Tartu_pedagoogiumi_aruanded, lk 5
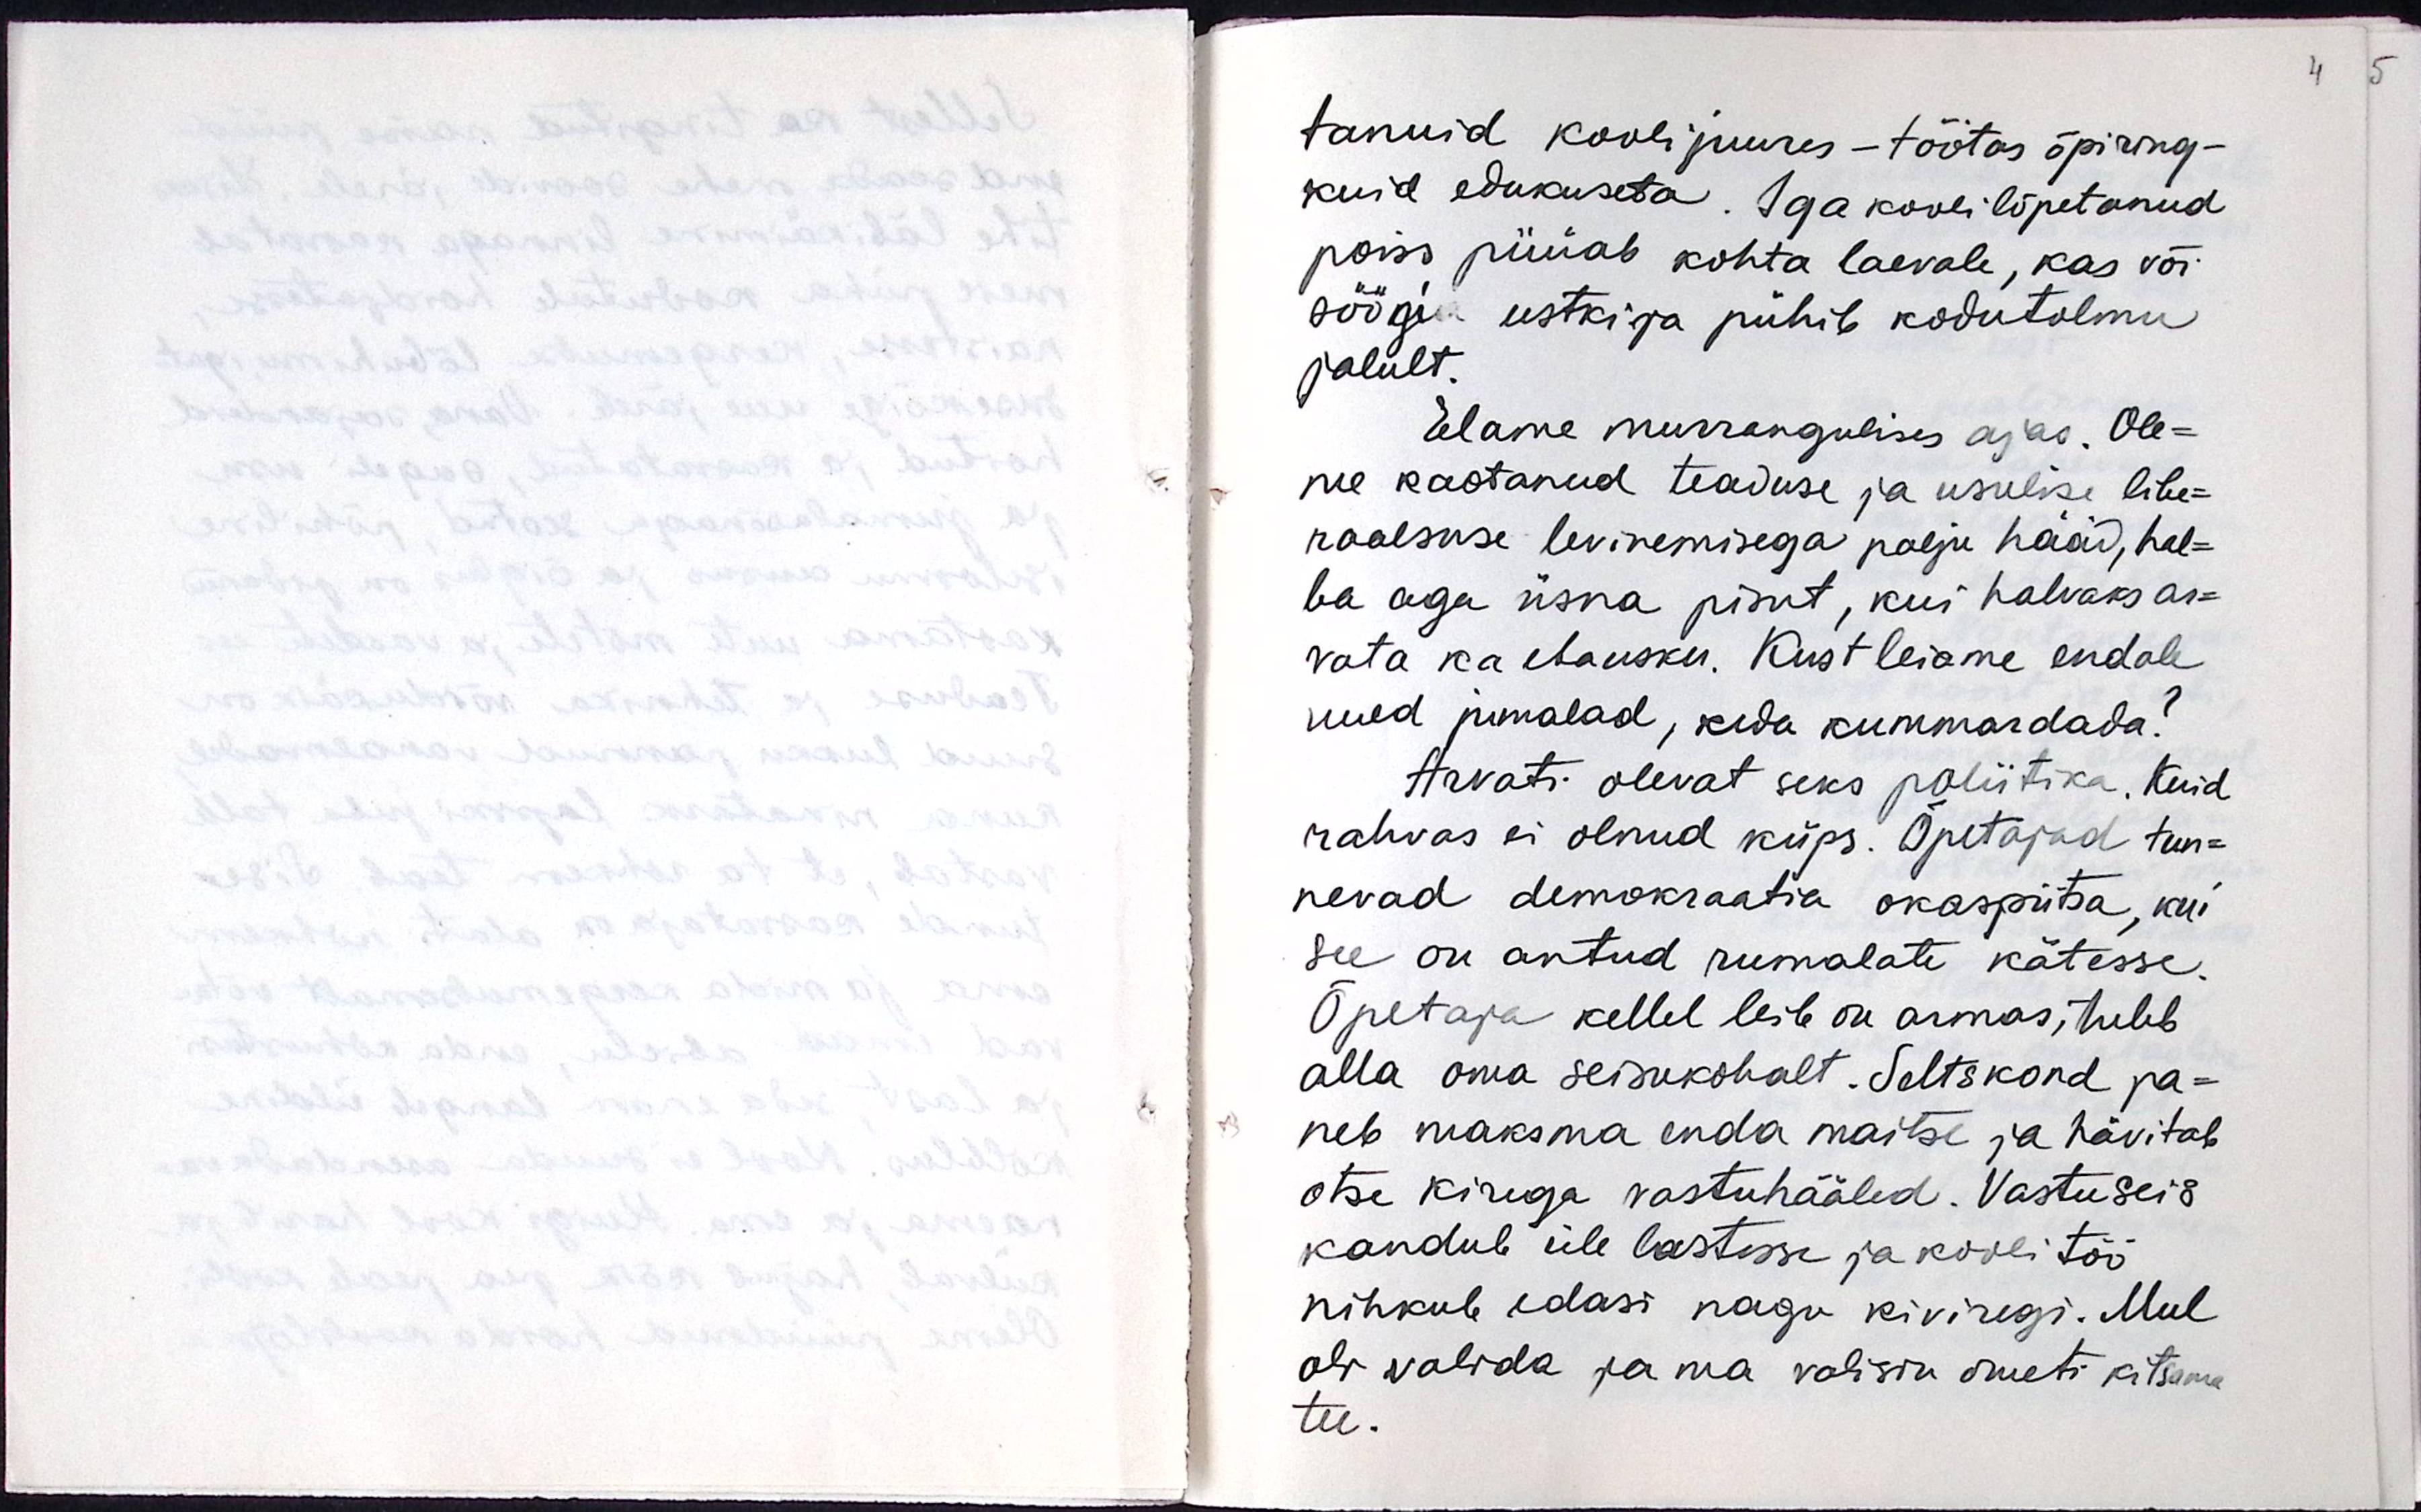
tanuid koolijuures - töötas õpiring -
kuid elukutseta. Iga koolilõpetanud
poiss püüab kohta laevale, kas või
söögi iistki ja pühib kodutolmu
jalult.
Elame murrangulises ajas. Ole-
me kaotanud teaduse ja usulise libe-
raalsuse levinemisega palju hääd, hal-
ba aga üsna pisut, kui halvaks ar-
vata ka ebausku. Kust leiame endale
uued jumalad, keda kummardada?
Arvati olevat seks poliitika. Kuid
rahvas ei olnud küps. Õpetajad tun-
nevad demokraatia okaspiitsa, kui
see on antud rumalate kätesse.
Õpetaja kelle leib on armas, tuleb
alla oma seisukohalt. Seltskond pa-
neb maksma enda maitse ja hävitab
otse kirega vastuhääled. Vastuseis
kandub üle lastesse ja koolitöö
nihkub edasi nagu kiviregi. Mul
oli valida ja ma valisin ameti kitsama
tee.